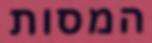
המסות